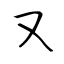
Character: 又